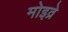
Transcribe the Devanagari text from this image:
मोइव्रे